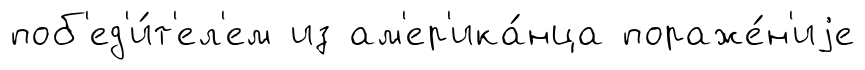
поб'ед'и́т'ел'ем из ам'ер'ика́нца пораже́н'иjе